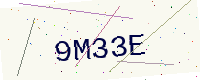
Text: 9M33E